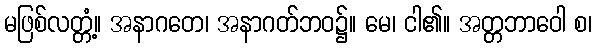
မဖြစ်လတ္တံ့။ အနာဂတေ၊ အနာဂတ်ဘဝ၌။ မေ၊ ငါ၏။ အတ္တဘာဝေါ စ၊